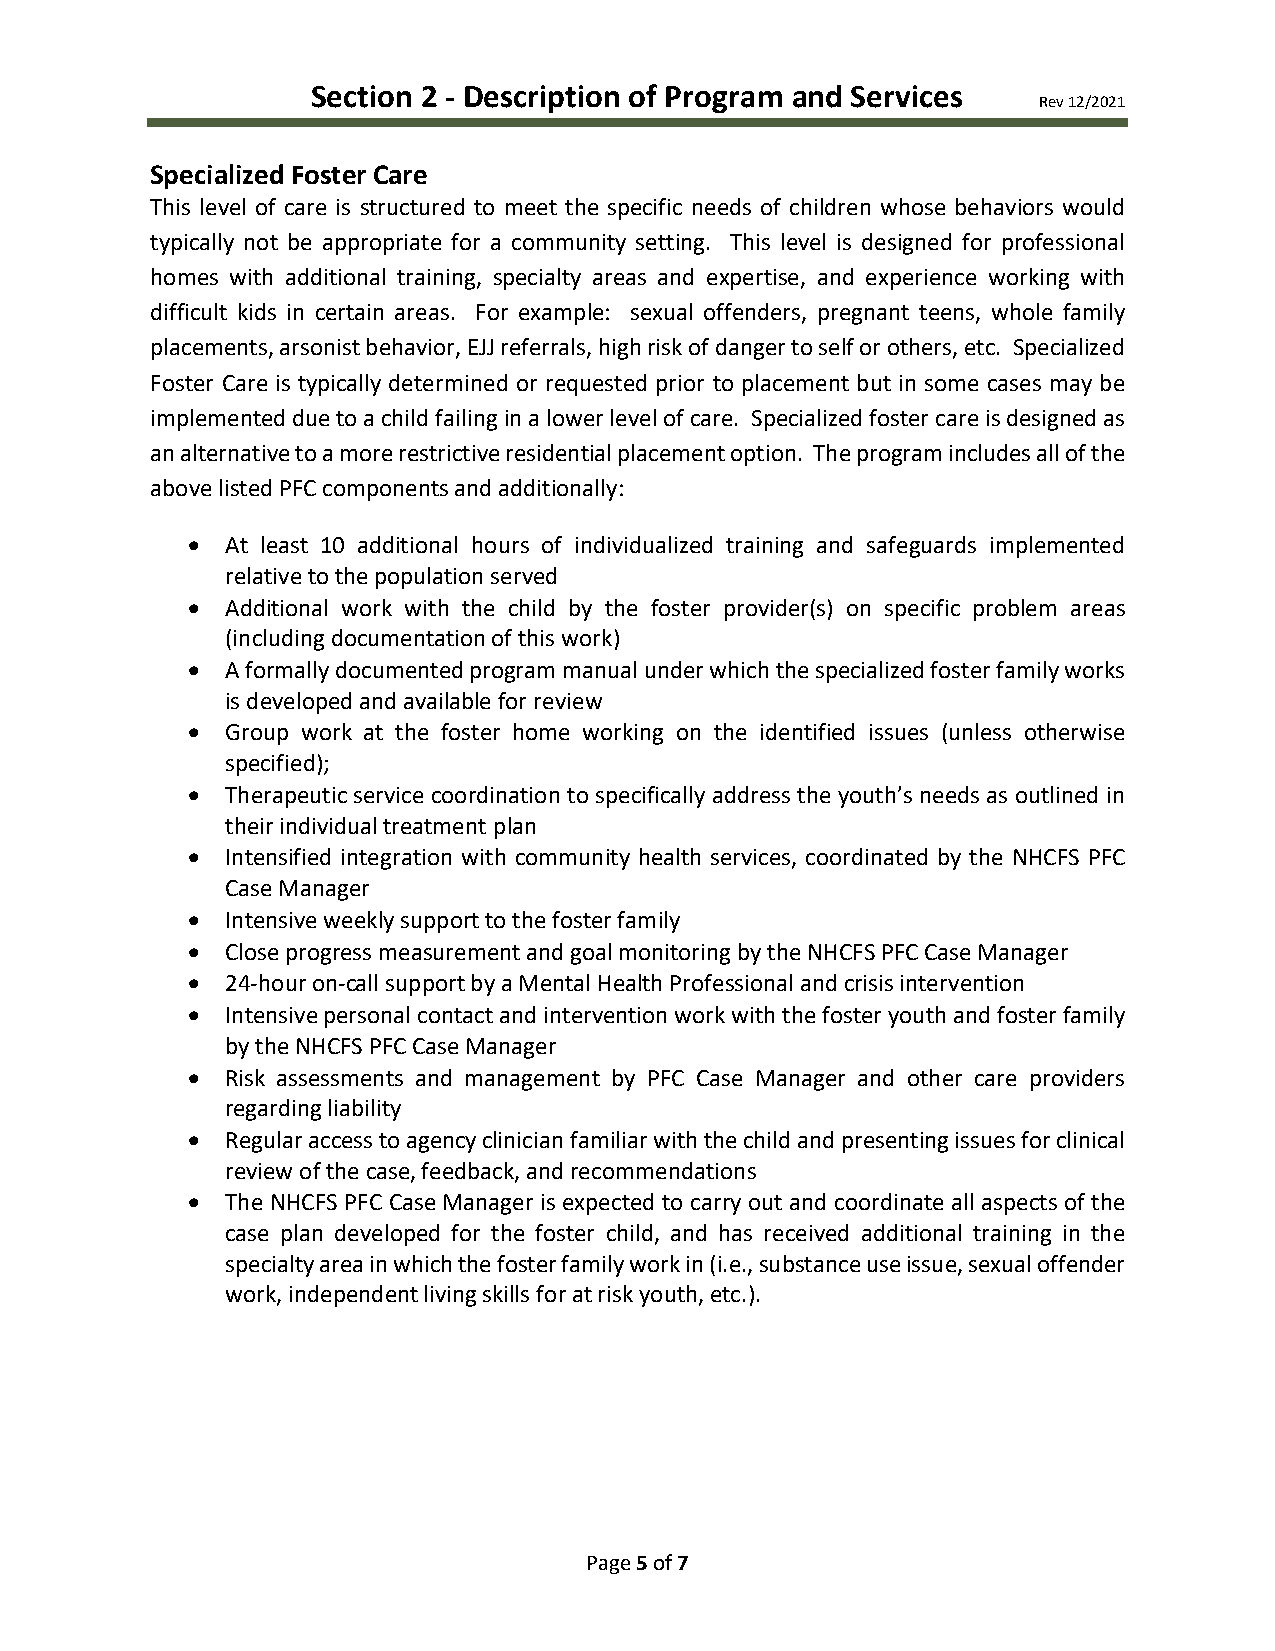
Section 2 - Description of Program and Services
 Rev 12/2021
 Specialized Foster Care
 This level of care is structured to meet the specific needs of children whose behaviors would
 typically not be appropriate for a community setting. This level is designed for professional
 homes with additional training, specialty areas and expertise, and experience working with
 difficult kids in certain areas. For example: sexual offenders, pregnant teens, whole family
 placements, arsonist behavior, EJJ referrals, high risk of danger to self or others, etc. Specialized
 Foster Care is typically determined or requested prior to placement but in some cases may be
 implemented due to a child failing in a lower level of care. Specialized foster care is designed as
 an alternative to a more restrictive residential placement option. The program includes all of the
 above listed PFC components and additionally:
 •  At least 10 additional hours of individualized training and safeguards implemented
 relative to the population served
 •  Additional work with the child by the foster provider(s) on specific problem areas
 (including documentation of this work)
 •  A formally documented program manual under which the specialized foster family works
 is developed and available for review
 •  Group work at the foster home working on the identified issues (unless otherwise
 specified);
 •  Therapeutic service coordination to specifically address the youth’s needs as outlined in
 their individual treatment plan
 •  Intensified integration with community health services, coordinated by the NHCFS PFC
 Case Manager
 •  Intensive weekly support to the foster family
 •  Close progress measurement and goal monitoring by the NHCFS PFC Case Manager
 •  24-hour on-call support by a Mental Health Professional and crisis intervention
 •  Intensive personal contact and intervention work with the foster youth and foster family
 by the NHCFS PFC Case Manager
 •  Risk assessments and management by PFC Case Manager and other care providers
 regarding liability
 •  Regular access to agency clinician familiar with the child and presenting issues for clinical
 review of the case, feedback, and recommendations
 •  The NHCFS PFC Case Manager is expected to carry out and coordinate all aspects of the
 case plan developed for the foster child, and has received additional training in the
 specialty area in which the foster family work in (i.e., substance use issue, sexual offender
 work, independent living skills for at risk youth, etc.).
 Page 5 of 7